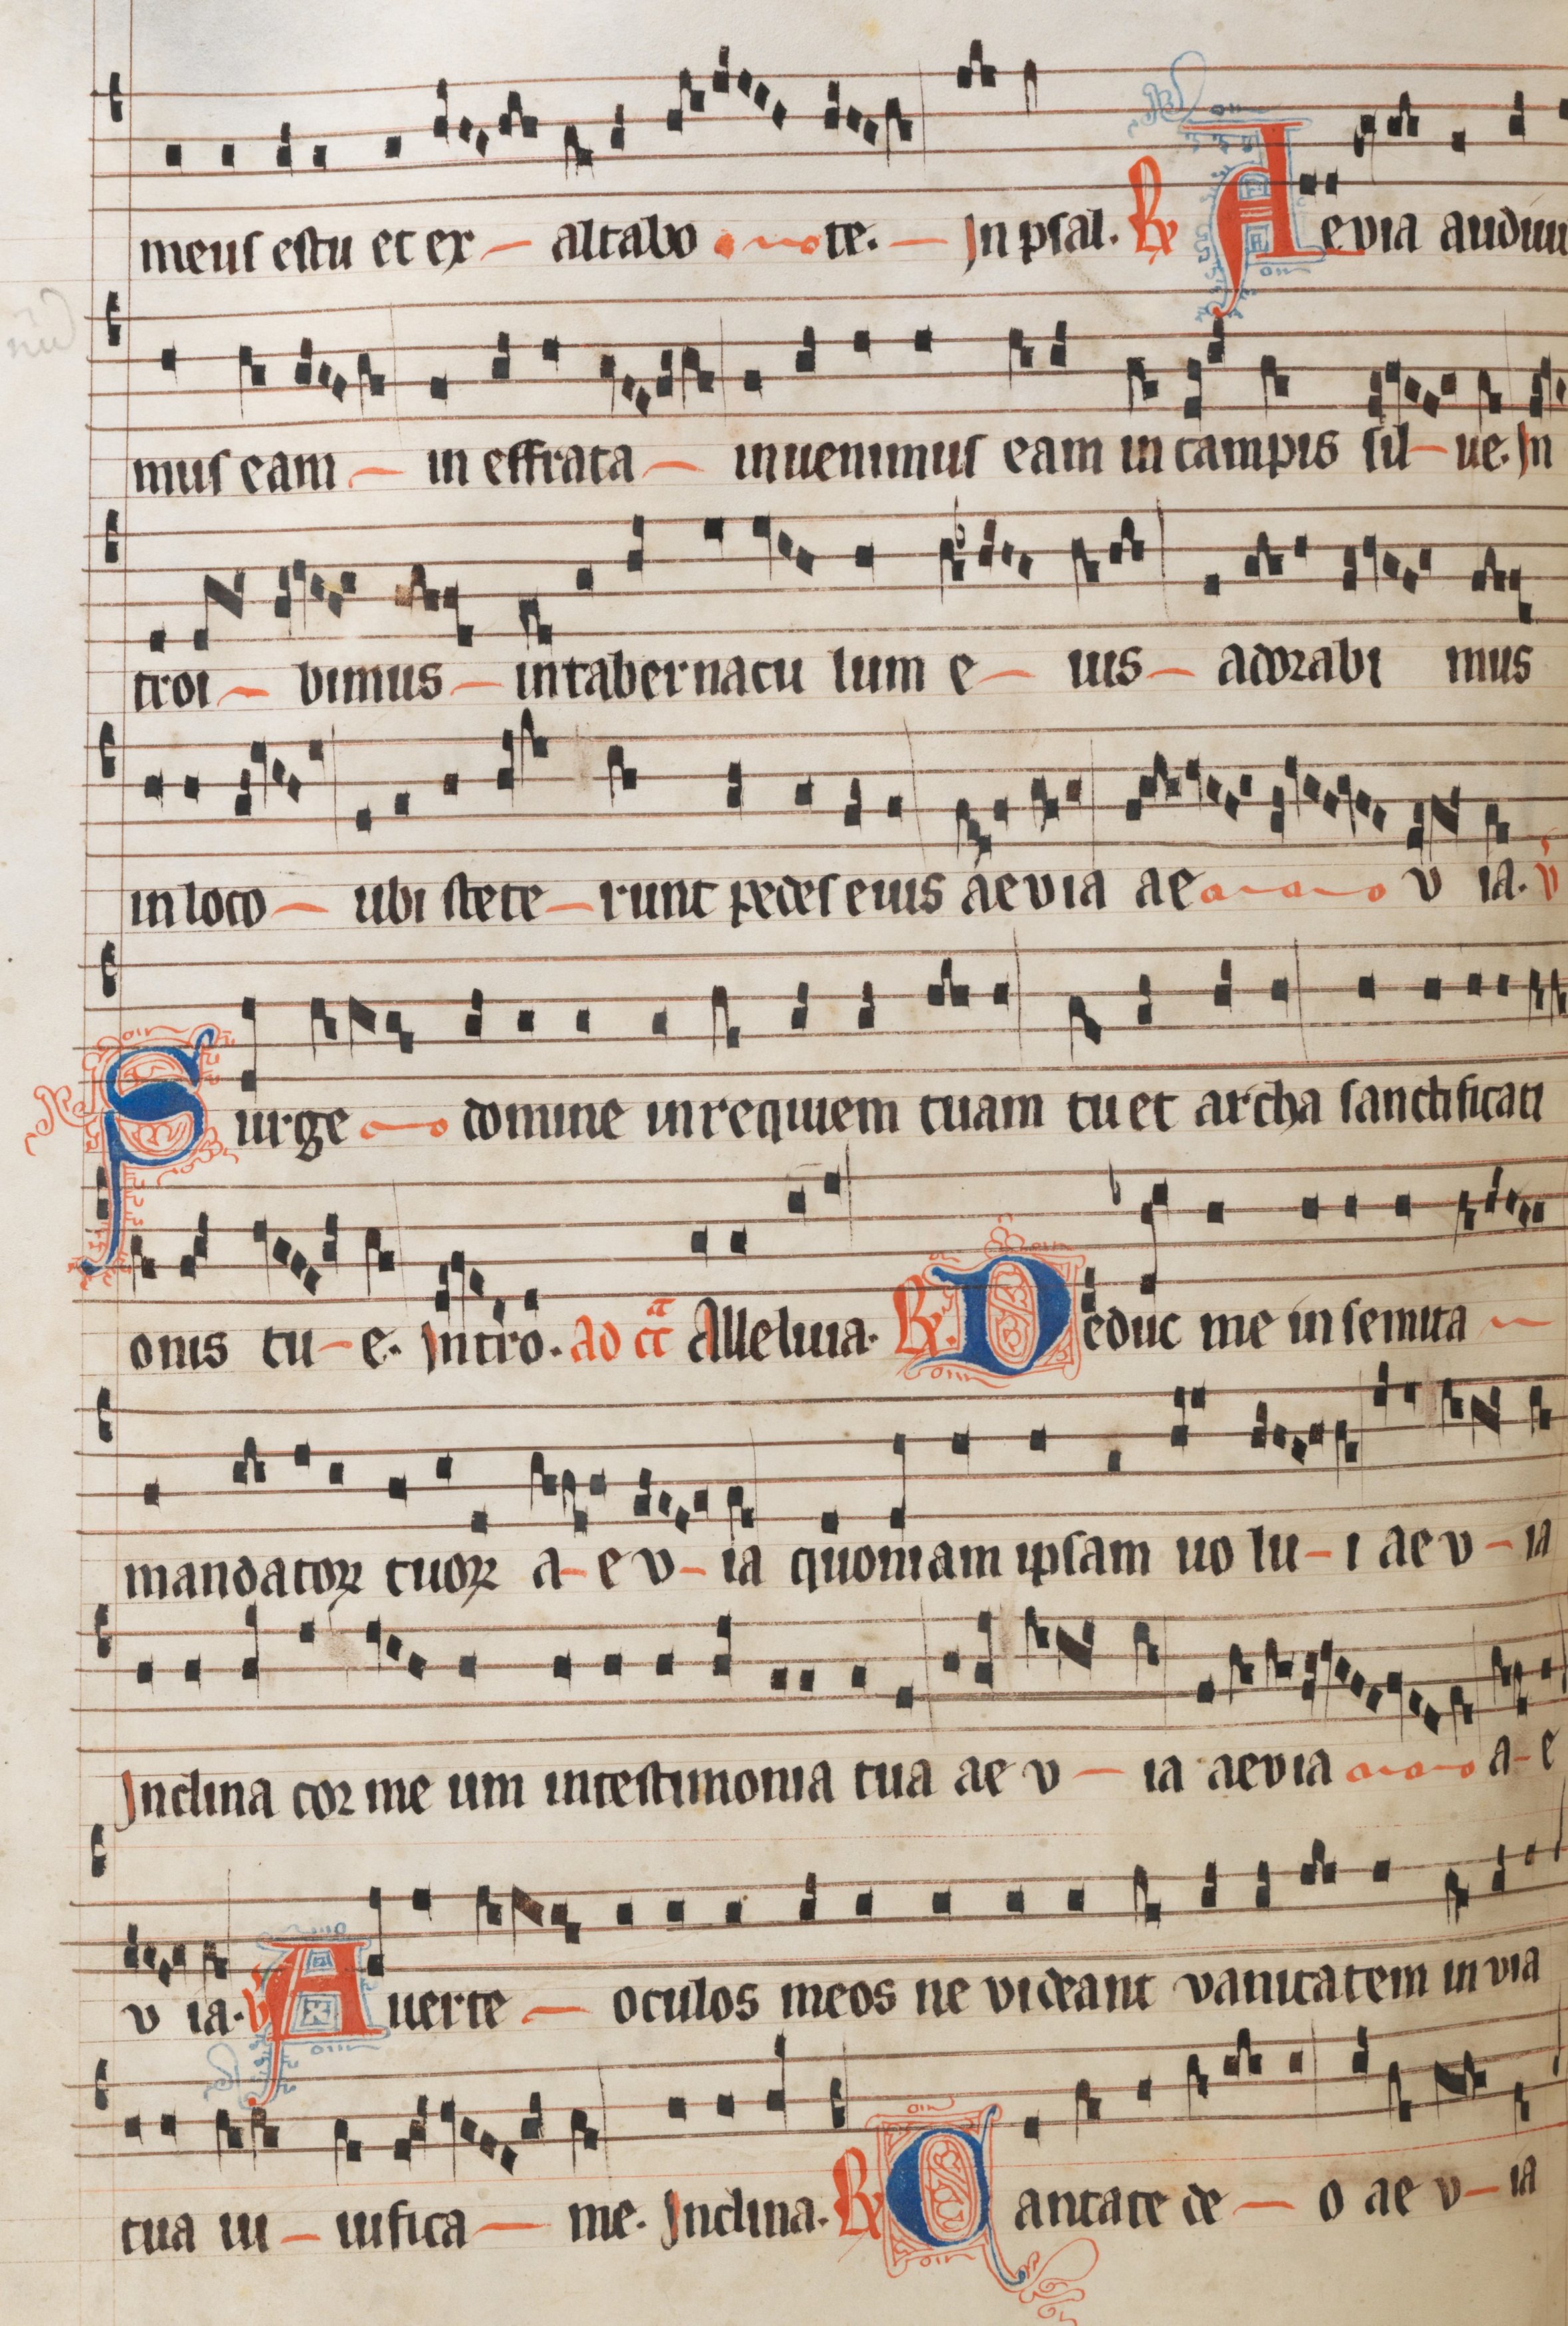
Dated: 1300–1349